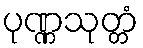
ပုဏ္ဏသုတ္တံ